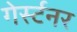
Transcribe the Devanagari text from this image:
गेर्स्टनर